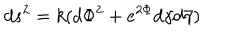
LaTeX: d s ^ { 2 } = k ( d { \Phi } ^ { 2 } + e ^ { 2 { \Phi } } { d { \gamma } } { d { \bar { \gamma } } } )